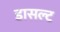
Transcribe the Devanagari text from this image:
डासल्ट